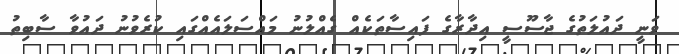
ވަނީ ދައުލަތުގެ ޖާސޫސީ އިދާރާގެ ފައިސާތަކެއް ގެއްލުނު މައްސަލައެއްގައި ކުރެވުނު ދައުވާ ސާބިތު